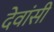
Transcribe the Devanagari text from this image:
देवांसी